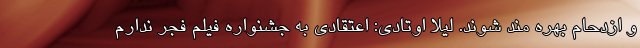
و ازدحام بهره مند شوند. لیلا اوتادی: اعتقادی به جشنواره فیلم فجر ندارم